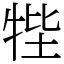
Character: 𤙞